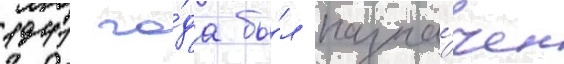
1941 го́да бы́л назна́чен